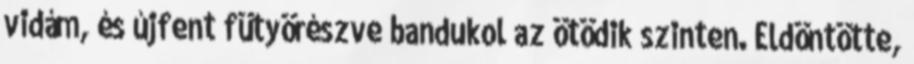
vidám, és újfent fütyörészve bandukol az ötödik szinten. Eldöntötte,